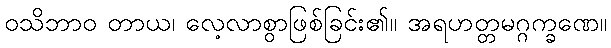
ဝသိဘာဝ တာယ၊ လေ့လာစွာဖြစ်ခြင်း၏။ အရဟတ္တမဂ္ဂက္ခဏေ။